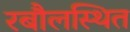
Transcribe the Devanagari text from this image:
रबौलस्थित